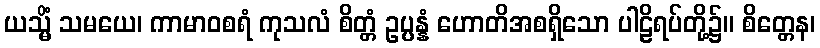
ယသ္မိံ သမယေ၊ ကာမာဝစရံ ကုသလံ စိတ္တံ ဥပ္ပန္နံ ဟောတိအစရှိသော ပါဠိရပ်တို့၌။ စိတ္တေန၊